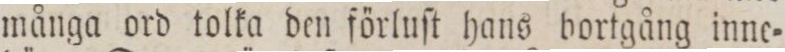
många ord tolka den förluſt hans bortgång inne=